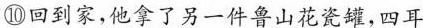
⑩回到家,他拿了另一件鲁山花瓷罐，四耳